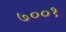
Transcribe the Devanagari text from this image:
७००१